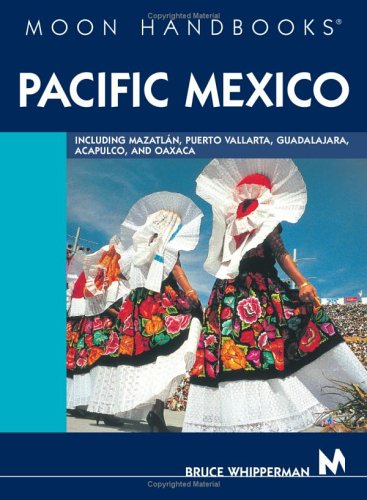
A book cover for Moon Handbooks Pacific Mexico: Including Mazatlan, Puerto Vallarta, Guadalajara, Acapulco, and Oaxaca; Bruce Whipperman; Travel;